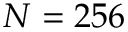
N = 2 5 6